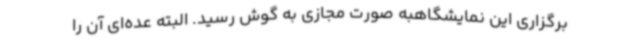
برگزاری این نمایشگاهبه صورت مجازی به گوش رسید. البته عده‌ای آن را